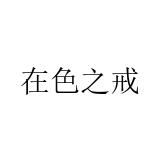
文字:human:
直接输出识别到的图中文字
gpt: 在色之戒